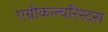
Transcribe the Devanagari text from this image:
एग्रीकल्चरिस्ट्स